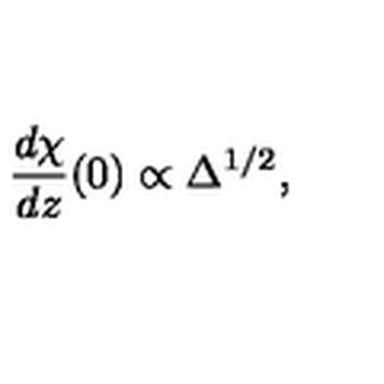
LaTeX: \frac { d \chi } { d z } ( 0 ) \propto \Delta ^ { 1 / 2 } ,